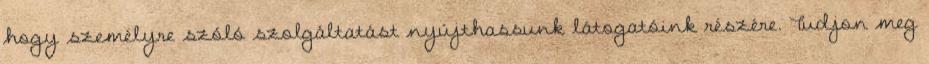
hogy személyre szóló szolgáltatást nyújthassunk látogatóink részére. Tudjon meg